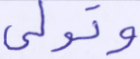
وتولى